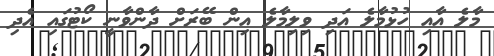
މާލެ އާއި ހުޅުމާލެ އަދި ވިލިމާލެ އިން ބޭރަށް ދާންވާނީ ކޯޓުގައި އެދި